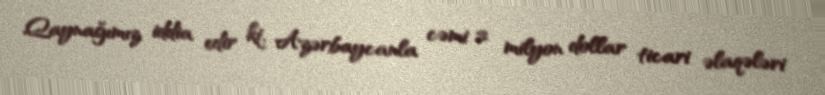
Qaynağımız iddia edir ki, Azərbaycanla cəmi 2 milyon dollar ticari əlaqələri